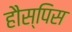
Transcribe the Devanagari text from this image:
हौस्पिस